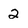
Character: 2